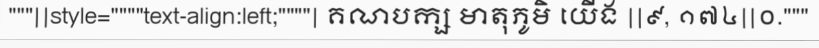
"""||style=""""text-align:left;""""| គណបក្ស មាតុភូមិ យើង ||៩, ១៧៤||០."""